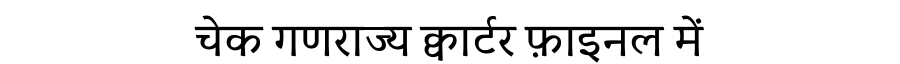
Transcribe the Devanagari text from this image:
चेक गणराज्य क्वार्टर फ़ाइनल में